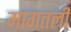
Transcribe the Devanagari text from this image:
मागतली